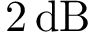
2 \, \mathrm { d B }